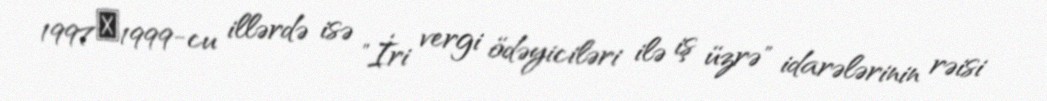
1997―1999-cu illərdə isə "İri vergi ödəyiciləri ilə iş üzrə" idarələrinin rəisi